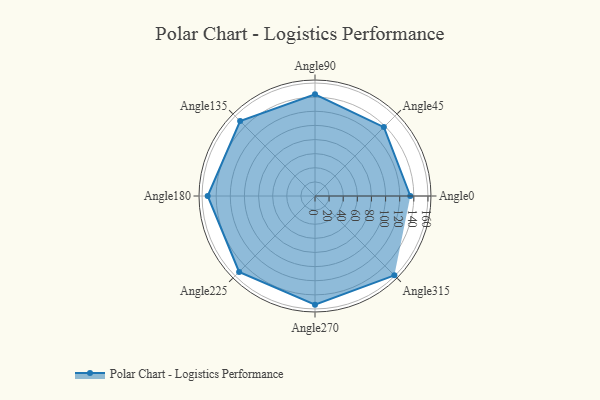
{"axis": {"x": "Angle", "y": "Radius"}, "legend": [""], "data": [{"x": "Angle0", "y": 135.0, "type": ""}, {"x": "Angle45", "y": 138.0, "type": ""}, {"x": "Angle90", "y": 144.0, "type": ""}, {"x": "Angle135", "y": 150.0, "type": ""}, {"x": "Angle180", "y": 152.0, "type": ""}, {"x": "Angle225", "y": 152.0, "type": ""}, {"x": "Angle270", "y": 154.0, "type": ""}, {"x": "Angle315", "y": 159.0, "type": ""}]}